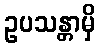
ဥပသန္တာမှိ